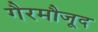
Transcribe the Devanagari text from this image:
गैरमौजूद